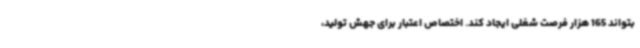
بتواند 165 هزار فرصت شغلی ایجاد کند. اختصاص اعتبار برای جهش تولید،